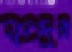
যতদুর